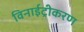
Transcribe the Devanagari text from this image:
विनाईट्रीकरण